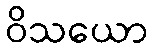
ဝိသယော